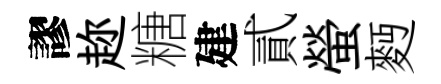
謬趂糖建貳螢麪